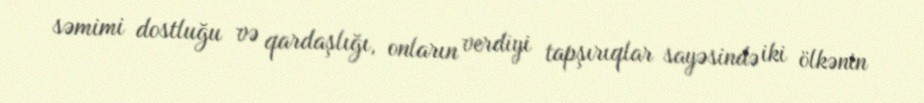
səmimi dostluğu və qardaşlığı, onların verdiyi tapşırıqlar sayəsində iki ölkənin